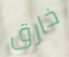
خارق